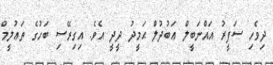
ދިވެހި ސަފީރު އައްނަބީލް ޢަބުދުލް ޙަމީދު ދީދީ އެވެ. އިގިރޭސި ބަހުގެ ތަޢުލީމް